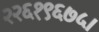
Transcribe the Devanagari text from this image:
२२६१९६७५।